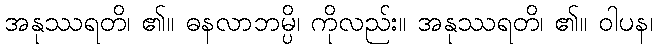
အနုဿရတိ၊ ၏။ ဓနလာဘမ္ပိ၊ ကိုလည်း။ အနုဿရတိ၊ ၏။ ဝါပန၊